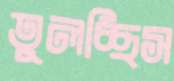
তুলচ্ছিস